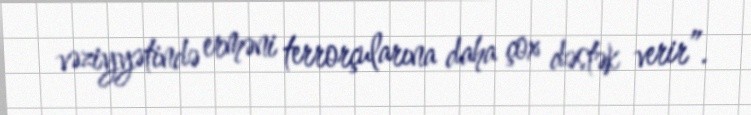
vəziyyətində erməni terrorçularına daha çox dəstək verir”.